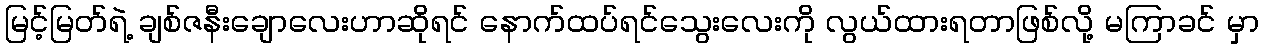
မြင့်မြတ်ရဲ့ ချစ်ဇနီးချောလေးဟာဆိုရင် နောက်ထပ်ရင်သွေးလေးကို လွယ်ထားရတာဖြစ်လို့ မကြာခင် မှာ